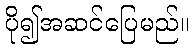
ပို၍အဆင်ပြေမည်။